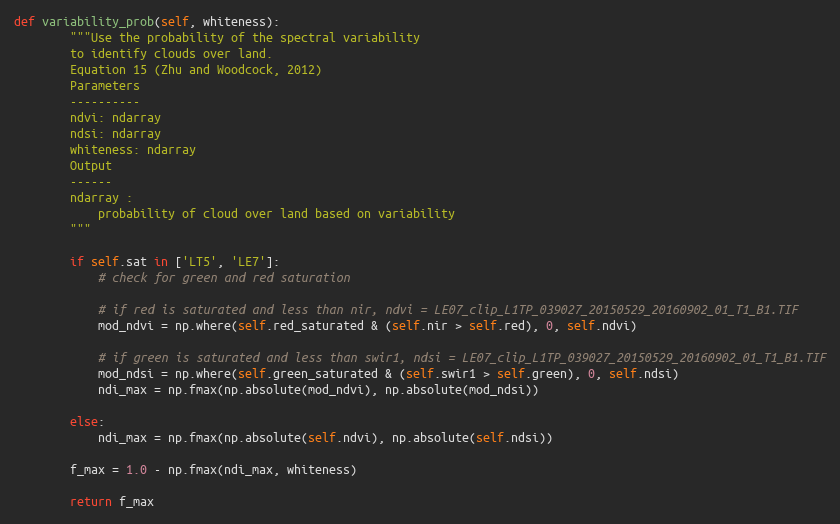
Language: Python
def variability_prob(self, whiteness):
        """Use the probability of the spectral variability
        to identify clouds over land.
        Equation 15 (Zhu and Woodcock, 2012)
        Parameters
        ----------
        ndvi: ndarray
        ndsi: ndarray
        whiteness: ndarray
        Output
        ------
        ndarray :
            probability of cloud over land based on variability
        """

        if self.sat in ['LT5', 'LE7']:
            # check for green and red saturation

            # if red is saturated and less than nir, ndvi = LE07_clip_L1TP_039027_20150529_20160902_01_T1_B1.TIF
            mod_ndvi = np.where(self.red_saturated & (self.nir > self.red), 0, self.ndvi)

            # if green is saturated and less than swir1, ndsi = LE07_clip_L1TP_039027_20150529_20160902_01_T1_B1.TIF
            mod_ndsi = np.where(self.green_saturated & (self.swir1 > self.green), 0, self.ndsi)
            ndi_max = np.fmax(np.absolute(mod_ndvi), np.absolute(mod_ndsi))

        else:
            ndi_max = np.fmax(np.absolute(self.ndvi), np.absolute(self.ndsi))

        f_max = 1.0 - np.fmax(ndi_max, whiteness)

        return f_max